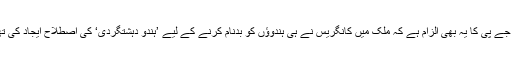
بی جے پی کا یہ بھی الزام ہے کہ ملک میں کانگریس نے ہی ہندوؤں کو بدنام کرنے کے لیے ’ہندو دہشتگردی‘ کی اصطلاح ایجاد کی تھی۔